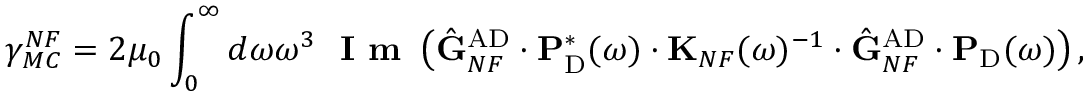
\gamma _ { M C } ^ { N F } = 2 \mu _ { 0 } \int _ { 0 } ^ { \infty } d \omega \omega ^ { 3 } \; \textbf { I m } \left( \hat { \mathbf { G } } _ { N F } ^ { \mathrm { A D } } \cdot \mathbf { P } _ { \mathrm { D } } ^ { * } ( \omega ) \cdot \mathbf { K } _ { N F } ( \omega ) ^ { - 1 } \cdot \hat { \mathbf { G } } _ { N F } ^ { \mathrm { A D } } \cdot \mathbf { P } _ { \mathrm { D } } ( \omega ) \right) ,